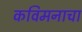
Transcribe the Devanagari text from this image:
कविमनाचा